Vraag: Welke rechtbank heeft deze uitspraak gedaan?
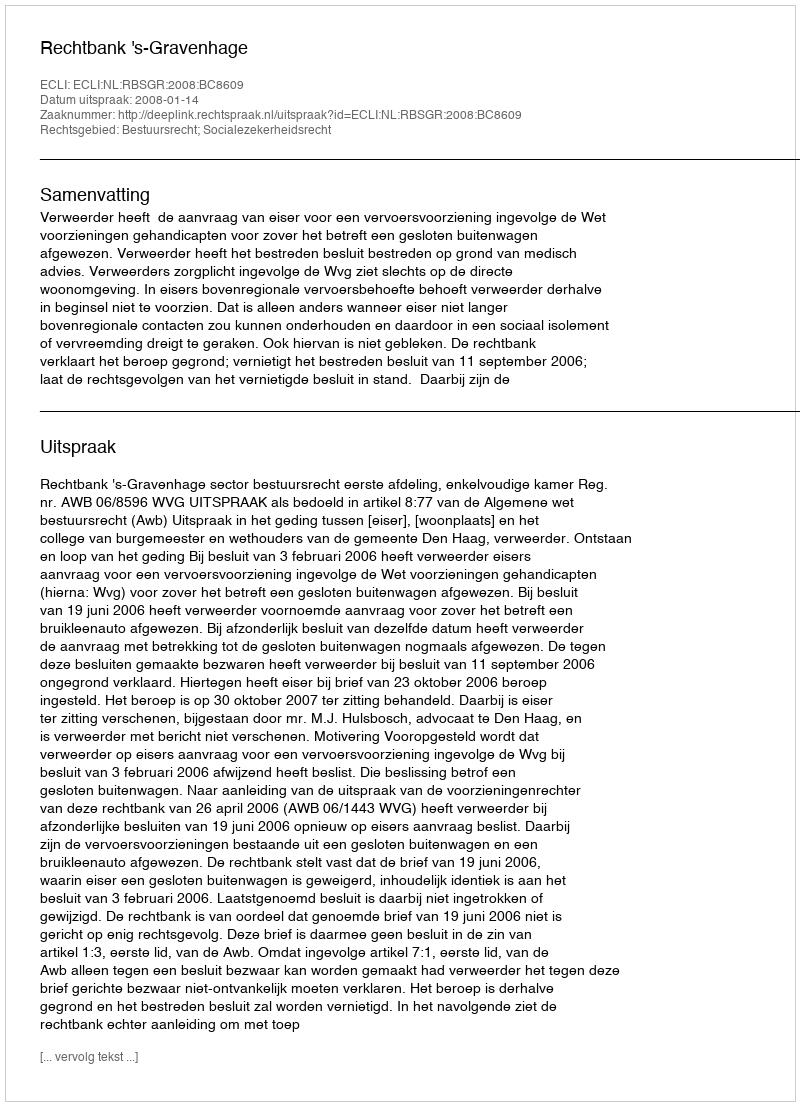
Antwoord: Rechtbank 's-Gravenhage